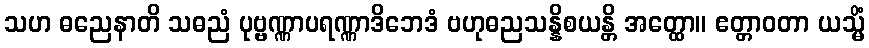
သဟ ဓညေနာတိ သဓညံ ပုဗ္ဗဏ္ဏာပရဏ္ဏာဒိဘေဒံ ဗဟုဓညသန္နိစယန္တိ အတ္ထော။ ဧတ္တာဝတာ ယသ္မိံ